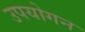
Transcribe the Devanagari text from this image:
उपयोगन